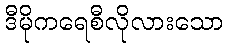
ဒီမိုကရေစီလိုလားသော